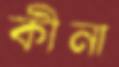
কীনা